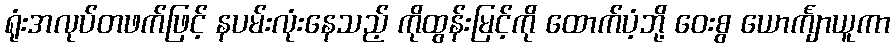
ရုံးအလုပ်တဖက်ဖြင့် နပမ်းလုံးနေသည့် ကိုထွန်းမြင့်ကို ထောက်ပံ့ဘို့ ဝေးစွ ယောင်္ကျာယူကာ